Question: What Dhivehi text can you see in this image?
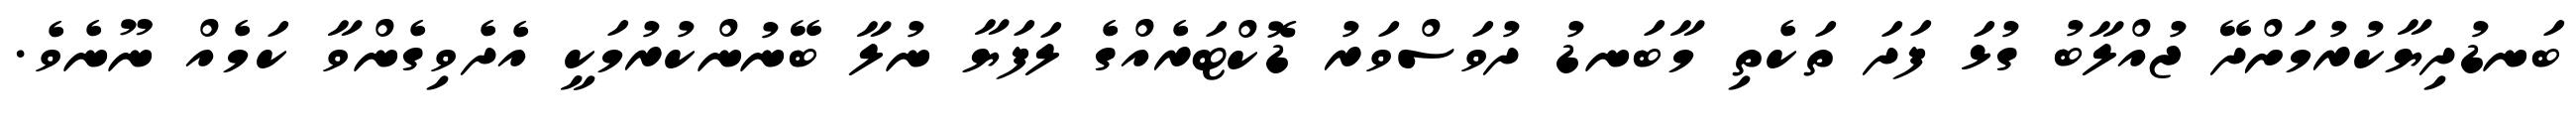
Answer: ބަނޑުދިޔާކުރުމަށްދޭ ޖުއްލާބު ގުޅަ ފަދަ ތަކެތި މާބަނޑު ދުވަސްވަރު ޑޮކްޓަރެއްގެ ލަފަޔާ ނުލާ ބޭނުންކުރުމަކީ އެދެވިގެންވާ ކަމެއް ނޫނެވެ.